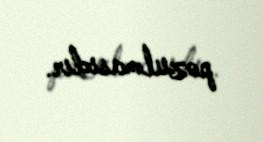
pozulmasıdır.